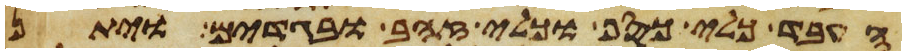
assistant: העבד כלי כסף וכלי זהב ובגדים ויתן